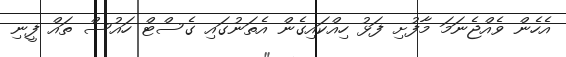
އެހެން ވެއްޖެނަމަ މާފުށި ފަޅު ހިއްކައިގެން އެތަނުގައި ގެސްޓް ހައުސް ތައް ފީނި